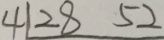
4 1 2 8 5 2